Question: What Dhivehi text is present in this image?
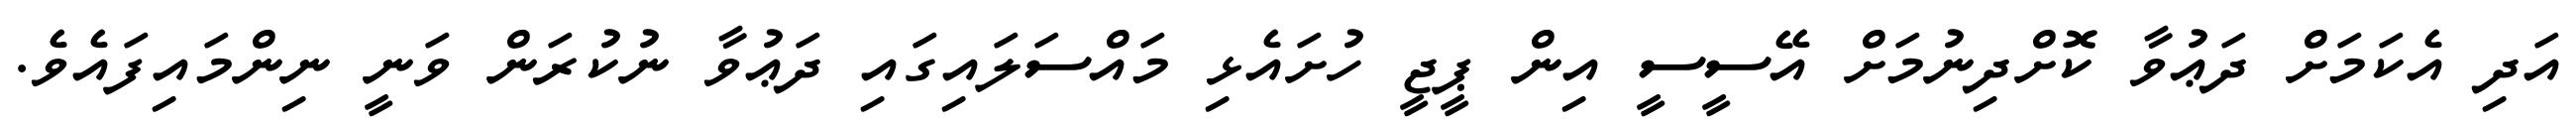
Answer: އަދި އެކަމަށް ދަޢުވާ ކޮށްދިނުމަށް އޭސީސީ އިން ޕީޖީ ހުށައެޅި މައްސަލައިގައި ދަޢުވާ ނުކުރަން ވަނީ ނިންމައިފައެވެ.